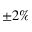
\pm 2 \%